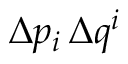
\Delta p _ { i } \, \Delta q ^ { i }